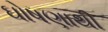
ઘોષણાથી